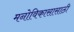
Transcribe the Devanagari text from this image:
मनोविकासासाठी